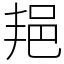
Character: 邫